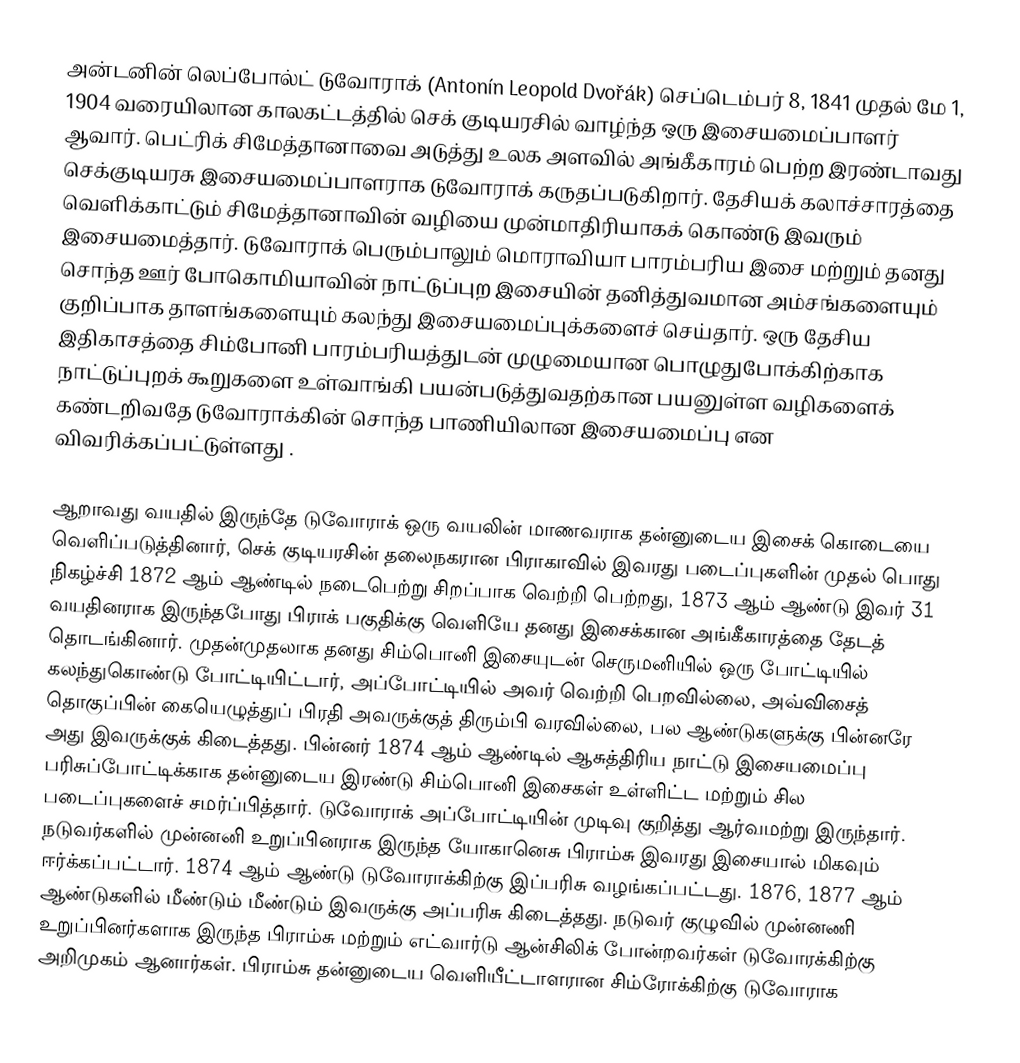
அன்டனின் லெப்போல்ட் டுவோராக் (Antonín Leopold Dvořák)  செப்டெம்பர் 8, 1841 முதல் மே 1, 1904 வரையிலான காலகட்டத்தில் செக் குடியரசில் வாழ்ந்த ஒரு இசையமைப்பாளர் ஆவார். பெட்ரிக் சிமேத்தானாவை அடுத்து உலக அளவில் அங்கீகாரம் பெற்ற இரண்டாவது செக்குடியரசு இசையமைப்பாளராக டுவோராக் கருதப்படுகிறார். தேசியக் கலாச்சாரத்தை வெளிக்காட்டும் சிமேத்தானாவின் வழியை முன்மாதிரியாகக் கொண்டு இவரும் இசையமைத்தார். டுவோராக் பெரும்பாலும் மொராவியா பாரம்பரிய இசை மற்றும் தனது சொந்த ஊர் போகொமியாவின் நாட்டுப்புற இசையின் தனித்துவமான அம்சங்களையும் குறிப்பாக தாளங்களையும் கலந்து இசையமைப்புக்களைச் செய்தார். ஒரு தேசிய இதிகாசத்தை சிம்போனி பாரம்பரியத்துடன் முழுமையான பொழுதுபோக்கிற்காக  நாட்டுப்புறக் கூறுகளை உள்வாங்கி பயன்படுத்துவதற்கான பயனுள்ள வழிகளைக் கண்டறிவதே டுவோராக்கின் சொந்த பாணியிலான இசையமைப்பு என விவரிக்கப்பட்டுள்ளது .

ஆறாவது வயதில் இருந்தே டுவோராக் ஒரு வயலின் மாணவராக தன்னுடைய இசைக் கொடையை வெளிப்படுத்தினார், செக் குடியரசின் தலைநகரான பிராகாவில் இவரது படைப்புகளின் முதல் பொது நிகழ்ச்சி 1872 ஆம் ஆண்டில் நடைபெற்று சிறப்பாக வெற்றி பெற்றது, 1873 ஆம் ஆண்டு இவர் 31 வயதினராக இருந்தபோது  பிராக் பகுதிக்கு வெளியே தனது இசைக்கான அங்கீகாரத்தை தேடத் தொடங்கினார். முதன்முதலாக தனது சிம்பொனி இசையுடன்   செருமனியில் ஒரு போட்டியில் கலந்துகொண்டு போட்டியிட்டார், அப்போட்டியில் அவர் வெற்றி பெறவில்லை, அவ்விசைத் தொகுப்பின் கையெழுத்துப் பிரதி அவருக்குத் திரும்பி வரவில்லை, பல ஆண்டுகளுக்கு பின்னரே அது இவருக்குக் கிடைத்தது. பின்னர் 1874 ஆம் ஆண்டில்  ஆசுத்திரிய நாட்டு இசையமைப்பு பரிசுப்போட்டிக்காக தன்னுடைய இரண்டு சிம்பொனி இசைகள் உள்ளிட்ட மற்றும் சில படைப்புகளைச் சமர்ப்பித்தார். டுவோராக் அப்போட்டியின் முடிவு குறித்து ஆர்வமற்று இருந்தார். நடுவர்களில் முன்னனி உறுப்பினராக இருந்த யோகானெசு பிராம்சு இவரது இசையால் மிகவும் ஈர்க்கப்பட்டார். 1874 ஆம் ஆண்டு  டுவோராக்கிற்கு இப்பரிசு வழங்கப்பட்டது. 1876, 1877 ஆம் ஆண்டுகளில் மீண்டும் மீண்டும் இவருக்கு அப்பரிசு கிடைத்தது. நடுவர் குழுவில் முன்னணி உறுப்பினர்களாக இருந்த பிராம்சு மற்றும் எட்வார்டு ஆன்சிலிக் போன்றவர்கள் டுவோரக்கிற்கு அறிமுகம் ஆனார்கள். பிராம்சு தன்னுடைய வெளியீட்டாளரான சிம்ரோக்கிற்கு  டுவோராக